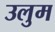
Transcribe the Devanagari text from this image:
उलुम